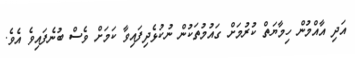
އަދި އާއްމުން ހިމާޔަތް ކުރުމަށް ގައުމުތަކުން ނުކުޅެދިފައިވާ ކަމަށް ވެސް ބުނެފައިވެ އެވެ.